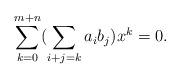
LaTeX: \begin{align*} \sum_{k=0}^{m+n}(\sum_{i+j=k}a_{i}b_{j})x^{k} = 0.\end{align*}